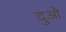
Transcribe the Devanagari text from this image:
दुओं